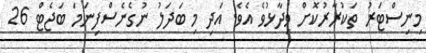
މިނިސްޓަރު ތަކުރާރުކޮށް ވިދާޅުވެ އެވެ. އަދި މި ބަދަލު ނުގެނެސްފިނަމަ ބަޖެޓް 26